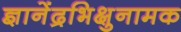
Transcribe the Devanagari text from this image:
ज्ञानेंद्रभिक्षुनामक